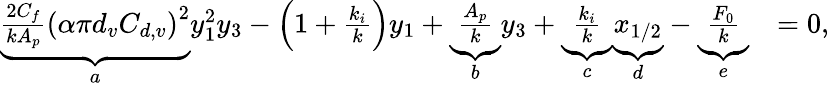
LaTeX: \begin{array}{rl}{\underbrace{\frac{2C_{f}}{kA_{p}}\left(\alpha\pi d_{v}C_{d,v}\right)^{2}}_{a}y_{1}^{2}y_{3}-\left(1+\frac{k_{i}}{k}\right)y_{1}+\underbrace{\frac{A_{p}}{k}}_{b}y_{3}+\underbrace{\frac{k_{i}}{k}}_{c}\underbrace{x_{1/2}}_{d}-\underbrace{\frac{F_{0}}{k}}_{e}}&{=0,}\end{array}